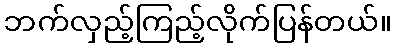
ဘက်လှည့်ကြည့်လိုက်ပြန်တယ်။